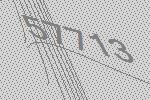
57713